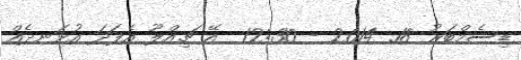
ޑިސެމްބަރު 18